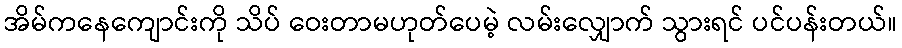
အိမ်ကနေကျောင်းကို သိပ် ဝေးတာမဟုတ်ပေမဲ့ လမ်းလျှောက် သွားရင် ပင်ပန်းတယ်။